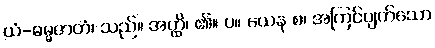
ယံ-ဓမ္မဇာတံ၊ သည်။ အတ္ထိ၊ ၏။ ပ။ ယေန စ၊ အကြင်ပျက်သော